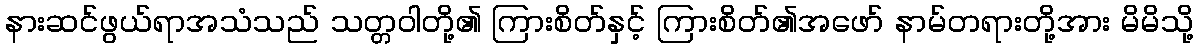
နားဆင်ဖွယ်ရာအသံသည် သတ္တဝါတို့၏ ကြားစိတ်နှင့် ကြားစိတ်၏အဖော် နာမ်တရားတို့အား မိမိသို့